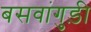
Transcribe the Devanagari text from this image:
बसवांगुड़ी